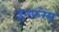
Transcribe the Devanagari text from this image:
इनफ़रेंस